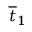
\overline { { t } } _ { 1 }